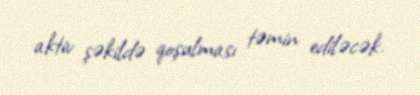
aktiv şəkildə qoşulması təmin ediləcək.